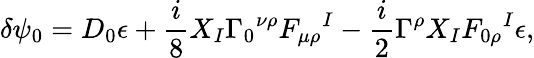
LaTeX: \delta\psi_{0}=D_{0}\epsilon+{\frac{i}{8}}X_{I}\Gamma_{0}{}^{\nu\rho}F_{\mu\rho}{}^{I}-{\frac{i}{2}}\Gamma^{\rho}X_{I}F_{0\rho}{}^{I}\epsilon,